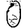
Digit: 0